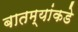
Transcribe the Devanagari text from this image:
बातम्यांकडे